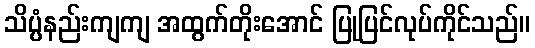
သိပ္ပံနည်းကျကျ အထွက်တိုးအောင် ပြုပြင်လုပ်ကိုင်သည်။